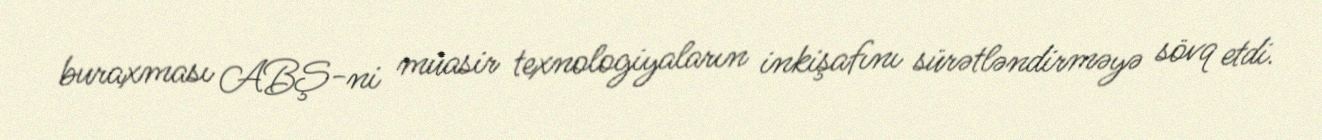
buraxması ABŞ-ni müasir texnologiyaların inkişafını sürətləndirməyə sövq etdi.